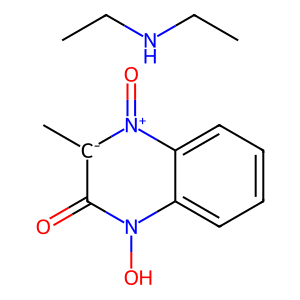
SMILES: CCNCC.C[c-]1c(=O)n(O)c2ccccc2[n+]1=O
Inhibits HIV replication: No